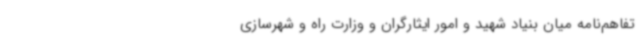
تفاهم‌نامه میان بنیاد شهید و امور ایثارگران و وزارت راه و شهرسازی